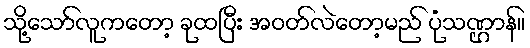
သို့သော်လူကတော့ ခုထပြီး အဝတ်လဲတော့မည် ပုံသဏ္ဌာန်။